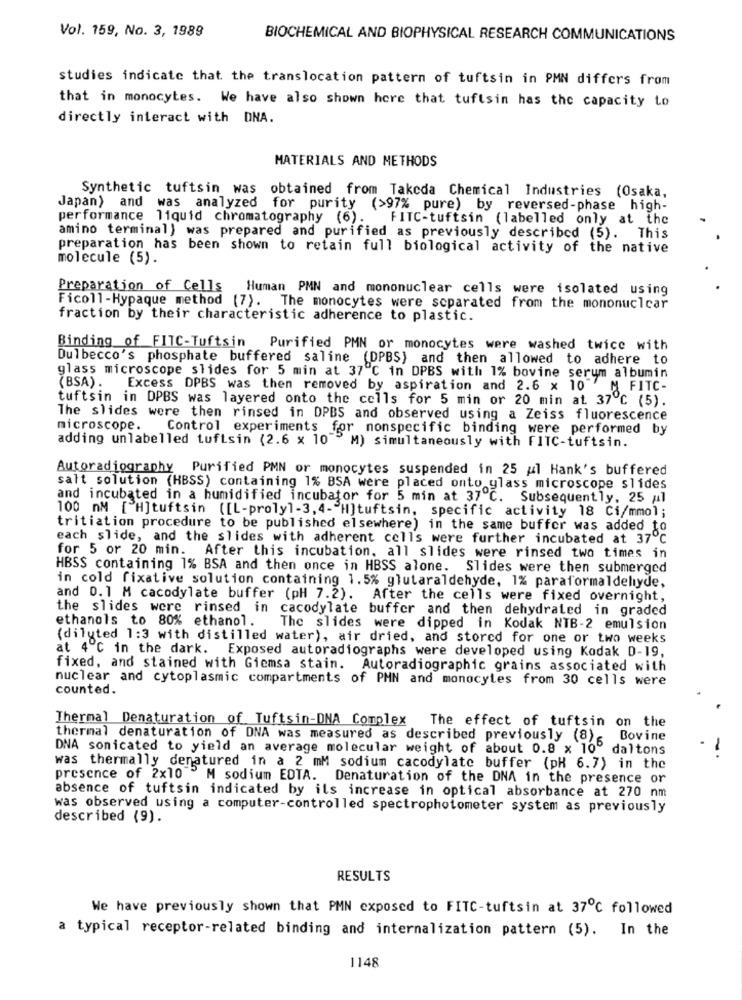
Vol. 159, No. 3, 1989
BIOCHEMICAL AND BIOPHYSICAL RESEARCH COMMUNICATIONS
studies indicate that the translocation pattern of tuftsin in PMN differs from
that in monocytes. We have also shown here that tuftsin has the capacity to
directly interact with DNA.
MATERIALS AND METHODS
Synthetic tuftsin was obtained from Takcda Chemical Industries (Osaka,
Japan) and was analyzed for purity (>97% pure) by reversed-phase high-
performance liquid chromatography (6).
FITC-tuftsin (labelled only at the
amino terminal) was prepared and purified as previously described (5). This
preparation has been shown to retain full biological activity of the native
molecule (5).
Preparation of Cells
Human PMN and mononuclear cells were isolated using
Ficoll-Hypaque method (7). The monocytes were separated from the mononuclear
fraction by their characteristic adherence to plastic.
Binding of FITC-Tuftsin Purified PMN or monocytes were washed twice with
Dulbecco's phosphate buffered saline (DPBS) and then allowed to adhere to
glass microscope slides for 5 min at 37℃ in DPBS with 1% bovine serum albumin
(BSA) .
Excess DPBS was then removed by aspiration and 2.6 x 10"'
MFITC-
tuftsin in DPBS was layered onto the cells for 5 min or 20 min at 37℃ (5).
The slides were then rinsed in DPBS and observed using a Zeiss fluorescence
microscope.
Control experiments for nonspecific binding were performed by
adding unlabelled tuftsin (2.6 x 10"
M) simultaneously with FITC-tuftsin.
Autoradiography Purified PMN or monocytes suspended in 25 ul Hank's buffered
salt solution (HBSS) containing 1% BSA were placed onto glass microscope slides
and incubated in a humidified incubator for 5 min at 37℃. Subsequently, 25 al
100 nM [ H]tuftsin ([L-proly1-3, 4-"H]tuftsin, specific activity 18 Ci/mmo);
tritiation procedure to be published elsewhere) in the same buffer was added to
each slide, and the slides with adherent cells were further incubated at 37℃
for 5 or 20 min. After this incubation, all slides were rinsed two times in
HBSS containing 1% BSA and then once in HBSS alone. Slides were then submerged
in cold fixative solution containing 1.5% glutaraldehyde, 1% paraformaldehyde,
and 0.1 M cacodylate buffer (pH 7.2). After the cells were fixed overnight,
the slides were rinsed in cacodylate buffer and then dehydrated in graded
ethanols to 80% ethanol. The slides were dipped in Kodak NTB-2 emulsion
(diluted 1:3 with distilled water), air dried, and stored for one or two weeks
at 4 ℃ in the dark. Exposed autoradiographs were developed using Kodak D-19,
fixed, and stained with Giemsa stain. Autoradiographic grains associated with
nuclear and cytoplasmic compartments of PHN and monocyles from 30 cells were
counted.
Thermal Denaturation of Tuftsin-DNA Complex
The effect of tuftsin on the
thermal denaturation of DNA was measured as described previously (8)
Bovine
DNA sonicated to yield an average molecular weight of about 0.8 x 10º daltons
--
was thermally denatured in a 2 mM sodium cacodylate buffer (pH 6.7) in the
presence of 2x10 ' M sodium EDTA. Denaturation of the DNA in the presence or
absence of tuftsin indicated by ils increase in optical absorbance at 270 nm
was observed using a computer-controlled spectrophotometer system as previously
described (9).
RESULTS
We have previously shown that PMN exposed to FITC-tuftsin at 37℃ followed
a typical receptor-related binding and internalization pattern (5). In the
1148